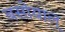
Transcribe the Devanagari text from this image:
बसोयाल्